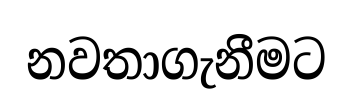
නවතාගැනීමට